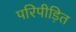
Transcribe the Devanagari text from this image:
परिपीड़ित